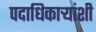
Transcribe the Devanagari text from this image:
पदाधिकार्‍यांशी